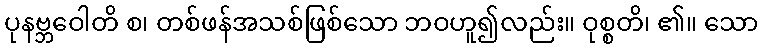
ပုနဗ္ဘဝေါတိ စ၊ တစ်ဖန်အသစ်ဖြစ်သော ဘဝဟူ၍လည်း။ ဝုစ္စတိ၊ ၏။ သော